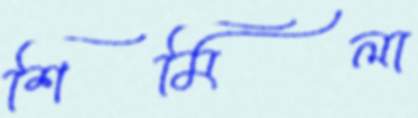
শিমিলা